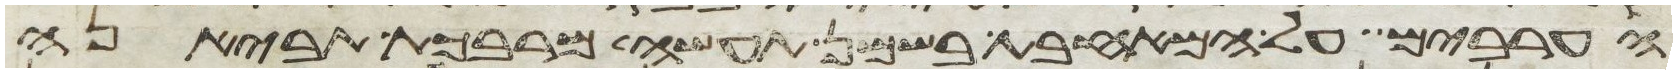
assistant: הערבים על המחבת בשמן תעשה מרבכת תביאנה